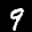
Label: 9